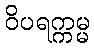
ဝိပရက္ကမ္မ